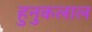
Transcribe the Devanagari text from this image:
हुनुकलाल